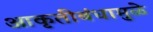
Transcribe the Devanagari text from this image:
आकृतीबंधामुळे